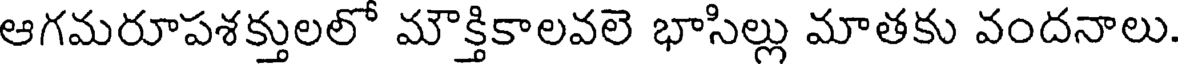
ఆగమరూపశక్తులలో మౌక్తికాలవలె భాసిల్లు మాతకు వందనాలు